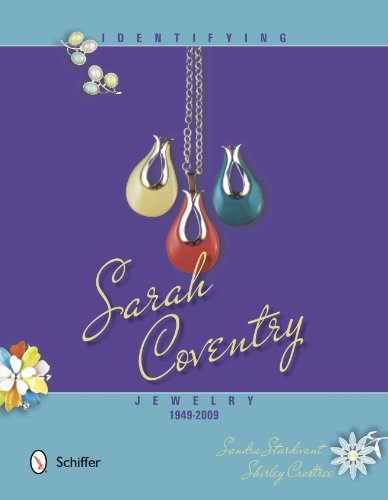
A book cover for Identifying Sarah Coventry Jewelry, 1949-2009; Sandra Sturdivant; Crafts, Hobbies & Home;